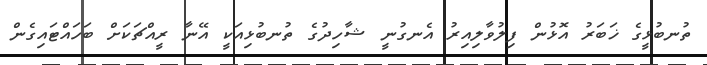
ތުނބުޅީގެ ޚަބަރު އޮޅުން ފިލުވާލިއިރު އެނގުނީ ޝާހިދުގެ ތުނބުޅިއަކީ އޭނާ ރީއްޗަކަށް ބަހައްޓައިގެން